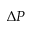
\Delta P